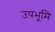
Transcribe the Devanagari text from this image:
उपभूमि